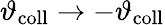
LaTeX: \vartheta_{\mathrm{coll}}\rightarrow-\vartheta_{\mathrm{coll}}